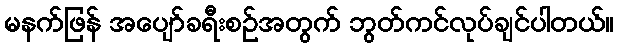
မနက်ဖြန် အပျော်ခရီးစဉ်အတွက် ဘွတ်ကင်လုပ်ချင်ပါတယ်။